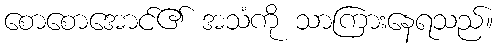
စောစောအောင်၏ အသံကို သာကြားနေရသည်။